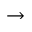
\rightarrow